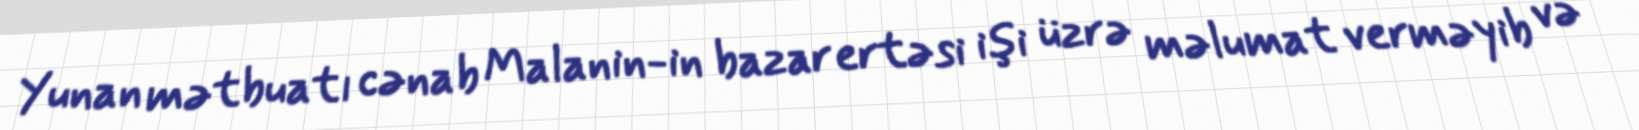
Yunan mətbuatı cənab Malanin-in bazar ertəsi işi üzrə məlumat verməyib və